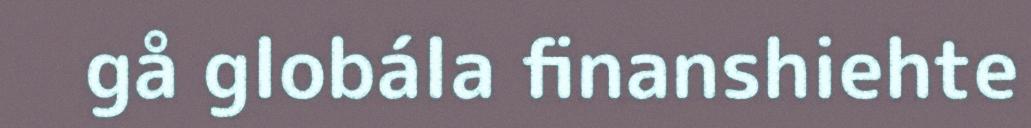
gå globála finanshiehte